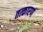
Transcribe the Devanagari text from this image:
तत्कारणं